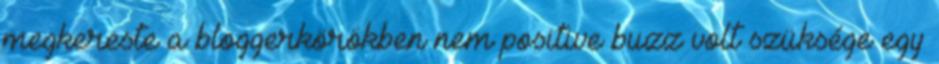
megkereste a bloggerkörökben nem positive buzz volt szüksége egy